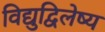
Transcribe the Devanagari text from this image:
विद्युद्विलेष्य